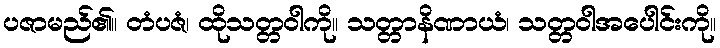
ပဇာမည်၏။ တံပဇံ၊ ထိုသတ္တဝါကို။ သတ္တာနိဏာယံ၊ သတ္တဝါအပေါင်းကို။